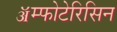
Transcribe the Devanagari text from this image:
ॲम्फोटेरिसिन